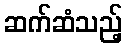
ဆက်ဆံသည့်